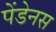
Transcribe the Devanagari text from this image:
पेंडेनस